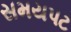
સમયપટ